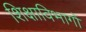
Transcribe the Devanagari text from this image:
शिक्षाविभागों